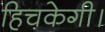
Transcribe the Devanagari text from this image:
हिचकेगी।